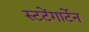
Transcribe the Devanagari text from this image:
स्टटेंगार्टेन